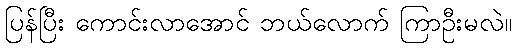
ပြန်ပြီး ကောင်းလာအောင် ဘယ်လောက် ကြာဦးမလဲ။